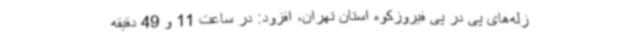
زله‌های پی در پی فیروزکوه استان تهران، افزود: در ساعت 11 و 49 دقیقه